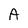
Character: A